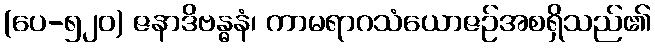
(ပေ-၅၂၀) ဇနာဒိဗန္ဓနံ၊ ကာမရာဂသံယောဇဉ်အစရှိသည်၏